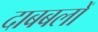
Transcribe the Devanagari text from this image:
दाबबलों